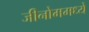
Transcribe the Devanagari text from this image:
जीनोममध्ये